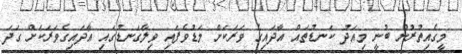
މީގެއިތުރުން ބުނީ މިއަދު ކަނޑުތައް އާދައިގެ ވަރަކަށް މަޑުވެފައި ވިލާގަނޑުގައި އާދައިގެވަރަކަށް ގަދަ